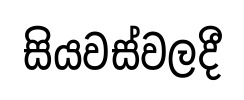
සියවස්වලදී